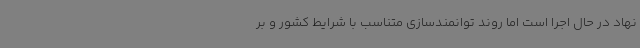
نهاد در حال اجرا است اما روند توانمندسازی متناسب با شرایط کشور و بر